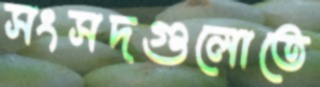
সংসদগুলোতে